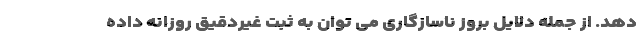
دهد. از جمله دلایل بروز ناسازگاری می توان به ثبت غیردقیق روزانه داده